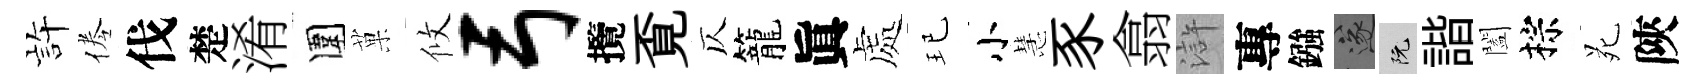
静倦伐楚淆圍菓攸弓攬覔仄籠眞處玘小慧豕翕滸專鏹遂阮諧闔棕苑陝